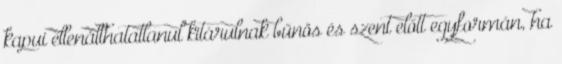
kapui ellenállhatatlanul kitárulnak bűnös és szent előtt egyformán, ha